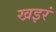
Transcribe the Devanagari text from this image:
खइरं